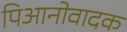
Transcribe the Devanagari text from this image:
पिआनोवादक